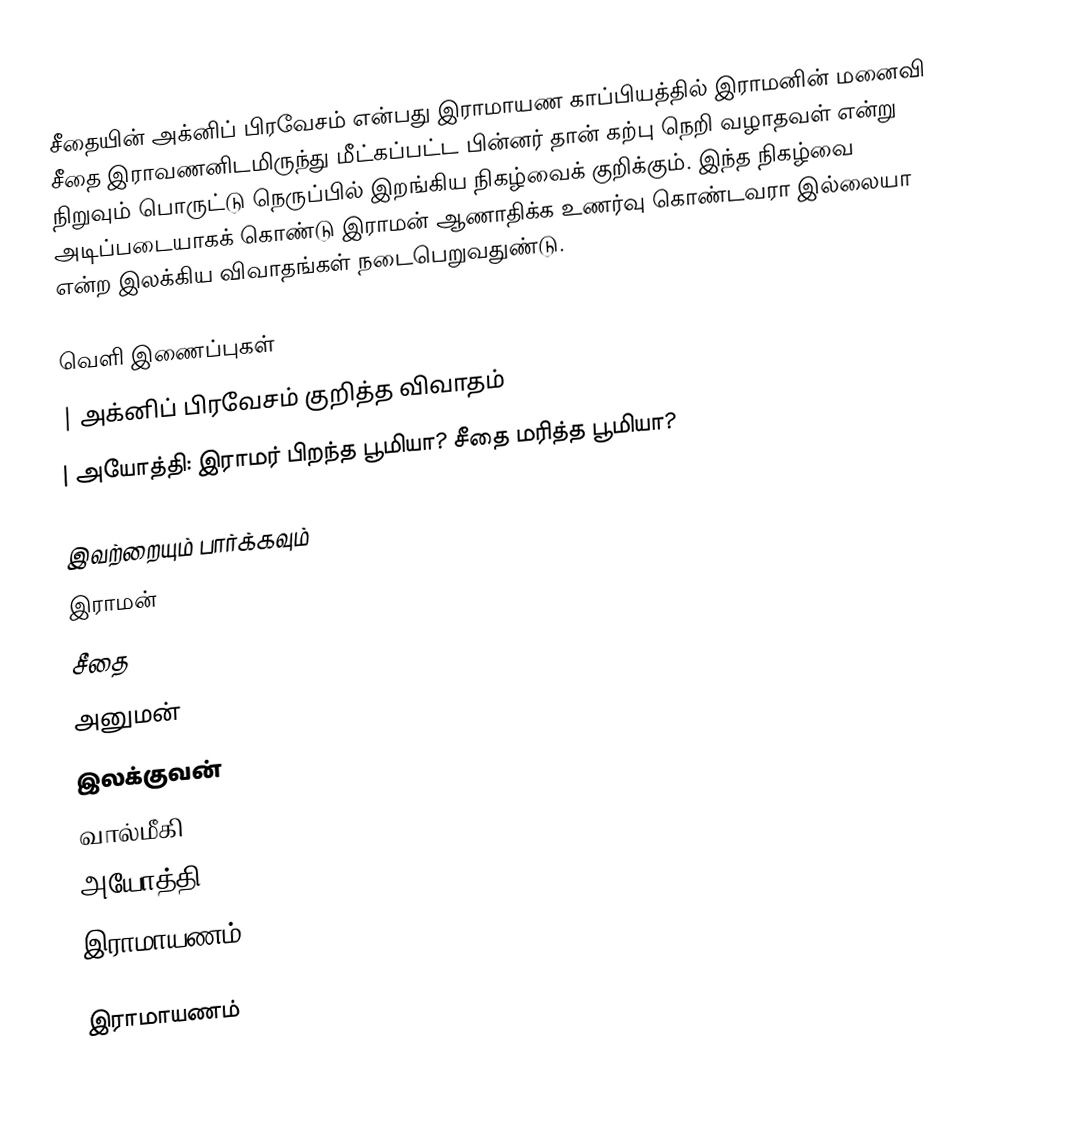
சீதையின் அக்னிப் பிரவேசம் என்பது இராமாயண காப்பியத்தில் இராமனின் மனைவி சீதை இராவணனிடமிருந்து மீட்கப்பட்ட பின்னர் தான் கற்பு நெறி வழாதவள் என்று நிறுவும் பொருட்டு நெருப்பில் இறங்கிய நிகழ்வைக் குறிக்கும். இந்த நிகழ்வை அடிப்படையாகக் கொண்டு இராமன் ஆணாதிக்க உணர்வு கொண்டவரா இல்லையா என்ற இலக்கிய விவாதங்கள் நடைபெறுவதுண்டு.

வெளி இணைப்புகள்
| அக்னிப் பிரவேசம் குறித்த விவாதம்
| அயோத்தி: இராமர் பிறந்த பூமியா? சீதை மரித்த பூமியா?

இவற்றையும் பார்க்கவும்
இராமன்
சீதை
அனுமன்
இலக்குவன்
வால்மீகி
அயோத்தி
இராமாயணம்

இராமாயணம்